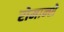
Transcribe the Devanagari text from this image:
रोमान्शे